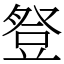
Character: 豋